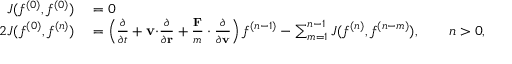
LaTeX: \begin{array} { r l } { J ( f ^ { ( 0 ) } , f ^ { ( 0 ) } ) } & { { } = 0 } \\ { 2 J ( f ^ { ( 0 ) } , f ^ { ( n ) } ) } & { { } = \left( { \frac { \partial } { \partial t } } + \mathbf { v \cdot } { \frac { \partial } { \partial \mathbf { r } } } + { \frac { \mathbf { F } } { m } } \cdot { \frac { \partial } { \partial \mathbf { v } } } \right) f ^ { ( n - 1 ) } - \sum _ { m = 1 } ^ { n - 1 } J ( f ^ { ( n ) } , f ^ { ( n - m ) } ) , \qquad n > 0 , } \end{array}